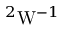
^ 2 \mathrm { W } ^ { - 1 }